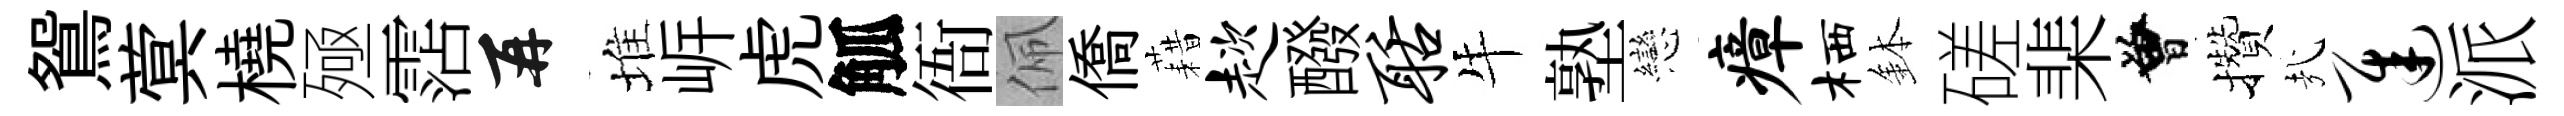
鴛蓂橈殛霑再堆㟁虎觚衙佩僑藉趑醱聒牛塾戀瘴栖鉢磋棐曾攢㢤迟派